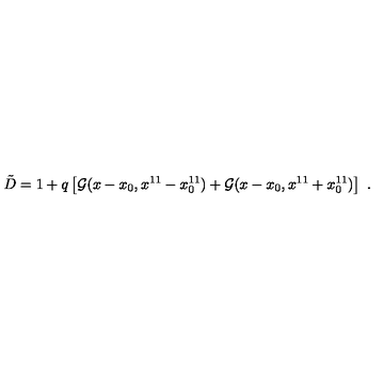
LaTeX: { \tilde { D } } = 1 + q \left[ { \cal G } ( x - x _ { 0 } , x ^ { 1 1 } - x _ { 0 } ^ { 1 1 } ) + { \cal G } ( x - x _ { 0 } , x ^ { 1 1 } + x _ { 0 } ^ { 1 1 } ) \right] \ .